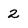
Character: 2